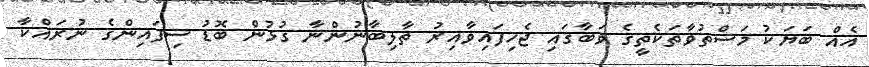
އެއް ބަޔަކު މަސްތުވާތަކެތީގެ ވަބާގައި ޖެހިފައިވާއިރު ތާލިބާނުންނާ ގުޅުން ބޮޑު ސިފައިންގެ ނުރައްކާ